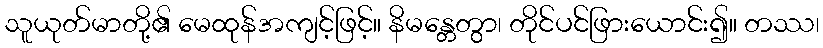
သူယုတ်မာတို့၏ မေထုန်အကျင့်ဖြင့်။ နိမန္တေတွာ၊ တိုင်ပင်ဖြားယောင်း၍။ တဿ၊